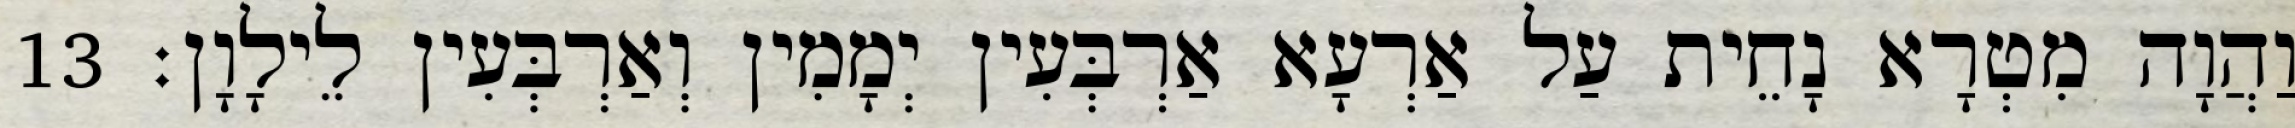
וַהֲוָה מִטְרָא נָחֵית עַל אַרְעָא אַרְבְּעִין יְמָמִין וְאַרְבְּעִין לֵילָוָן׃ 13